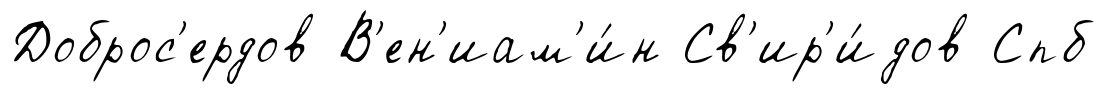
Доброс'ердов В'ен'иам'и́н Св'ир'и́дов Спб